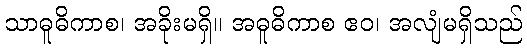
သာဓူဓိကာစ၊ အခိုးမရှိ။ အဓူဓိကာစ ဧဝ၊ အလျံမရှိသည်